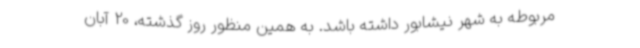
مربوطه به شهر نیشابور داشته باشد. به همین منظور روز گذشته، 20 آبان